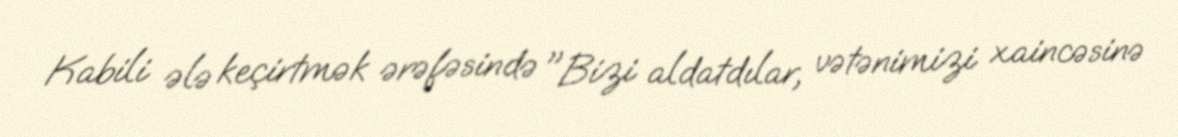
Kabili ələ keçirtmək ərəfəsində "Bizi aldatdılar, vətənimizi xaincəsinə